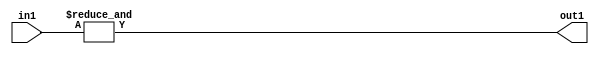
`timescale 1ps / 1ps
/*****************************************************************************
    Verilog RTL Description
    
    
    Created by: Stratus DpOpt 2019.1.01 
*******************************************************************************/

module st_feature_addr_gen_AndReduction_2S_1U_4_2 (
	in1,
	out1
	); /* architecture "behavioural" */ 
input [1:0] in1;
output  out1;
wire  asc001;

assign asc001 = 
	(&in1);

assign out1 = asc001;
endmodule

/* CADENCE  urb4TgE= : u9/ySgnWtBlWxVPRXgAZ4Og= ** DO NOT EDIT THIS LINE ******/